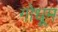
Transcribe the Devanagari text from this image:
गोधूम